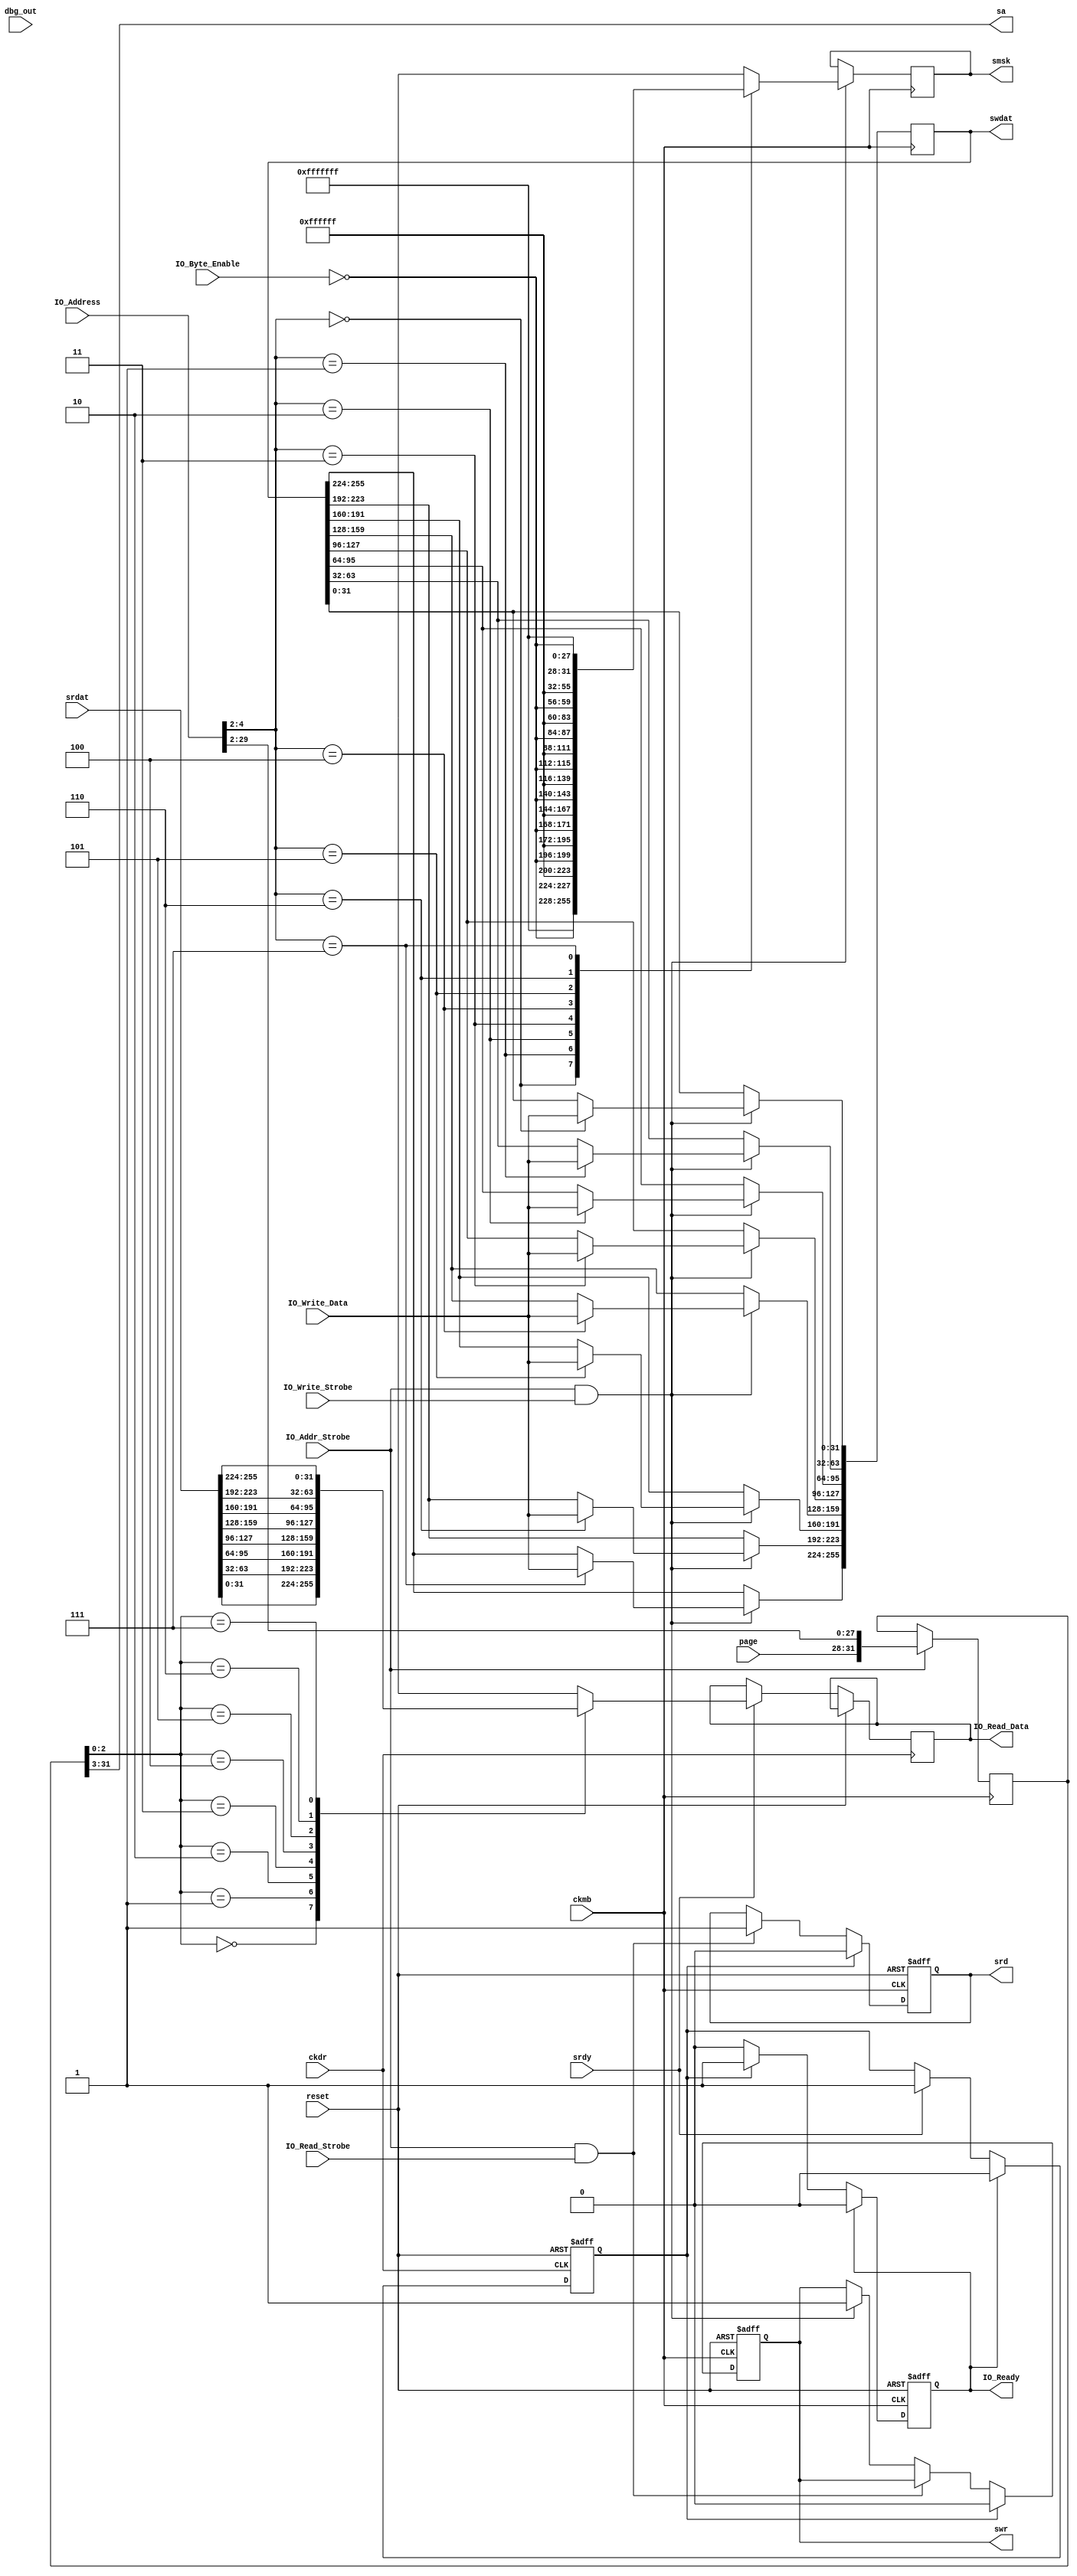
/* 
	MicroBlaze MCS to DDR3 glue
	(C) Copyright 2012 Silicon On Inspiration
	www.sioi.com.au
	86 Longueville Road
	Lane Cove 2066
	New South Wales
	AUSTRALIA
 
    This program is free software: you can redistribute it and/or modify
    it under the terms of the GNU Lesser General Public License as published by
    the Free Software Foundation, either version 3 of the License, or
    (at your option) any later version.
 
    This program is distributed in the hope that it will be useful,
    but WITHOUT ANY WARRANTY; without even the implied warranty of
    MERCHANTABILITY or FITNESS FOR A PARTICULAR PURPOSE.  See the
    GNU Lesser General Public License for more details.
 
    You should have received a copy of the GNU Lesser General Public License
    along with this program.  If not, see <http://www.gnu.org/licenses/>.
*/
 
`timescale 1ns / 1ps
 
module adapter
(
	input 				ckmb,
	input 				ckdr,
	input 				reset,
 
	output				srd,
	output				swr,
	output	[33:5]		sa,
	output	[255:0]		swdat,
	output	[31:0]		smsk,
	input	[255:0]		srdat,
	input				srdy,
 
	output 				IO_Ready,
	input				IO_Addr_Strobe,
	input				IO_Read_Strobe,
	input				IO_Write_Strobe,
	output 	[31 : 0]	IO_Read_Data,
	input	[31 : 0] 	IO_Address,
	input	[3 : 0] 	IO_Byte_Enable,
	input	[31 : 0] 	IO_Write_Data,
	input	[3 : 0] 	page,
	input	[2:0]		dbg_out
);
 
reg 		[31 : 0]	rdat;
reg 		[255 : 0]	wdat;
reg 		[31 : 0]	msk;
reg 		[33 : 2]	addr;
reg						rdy1;
reg						rdy2;
reg						read;
reg						write;
 
wire		[31:0]		iowd;
wire		[3:0]		mask;
 
parameter				BADBAD = 256'hBAD0BAD0BAD0BAD0BAD0BAD0BAD0BAD0BAD0BAD0BAD0BAD0BAD0BAD0BAD0BAD0;
 
always @ (posedge ckmb) begin
 
	if (IO_Addr_Strobe && IO_Write_Strobe) begin
		case (IO_Address[4:2])
			0:	wdat[31:0] <= iowd;
			1:	wdat[63:32] <= iowd;
			2:	wdat[95:64] <= iowd;
			3:	wdat[127:96] <= iowd;
			4:	wdat[159:128] <= iowd;
			5:	wdat[191:160] <= iowd;
			6:	wdat[223:192] <= iowd;
			7:	wdat[255:224] <= iowd;
 
// BADBAD markers for bebugging byte masking
// NB: This approach breaks the per-pin IODELAY2 software adjustment on the DQ lines
//			0:	wdat <= {BADBAD[255:32], iowd};
//			1:	wdat <= {BADBAD[255:64], iowd, BADBAD[31:0]};
//			2:	wdat <= {BADBAD[255:96], iowd, BADBAD[63:0]};
//			3:	wdat <= {BADBAD[255:128], iowd, BADBAD[95:0]};
//			4:	wdat <= {BADBAD[255:160], iowd, BADBAD[127:0]};
//			5:	wdat <= {BADBAD[255:192], iowd, BADBAD[159:0]};
//			6:	wdat <= {BADBAD[255:224], iowd, BADBAD[191:0]};
//			7:	wdat <= {iowd, BADBAD[223:0]};
		endcase
 
		case (IO_Address[4:2])
 
			0:	msk <= {28'hFFFFFFF, mask};
			1:	msk <= {24'hFFFFFF, mask, 4'hF};
			2:	msk <= {20'hFFFFF, mask, 8'hFF};
			3:	msk <= {16'hFFFF, mask, 12'hFFF};
			4:	msk <= {12'hFFF, mask, 16'hFFFF};
			5:	msk <= {8'hFF, mask, 20'hFFFFF};
			6:	msk <= {4'hF, mask, 24'hFFFFFF};
			7:	msk <= {mask, 28'hFFFFFFF};
/*
ZZ - write full 256 bits during testing !
			0:	msk <= {28'h0000000, mask};
			1:	msk <= {24'h000000, mask, 4'h0};
			2:	msk <= {20'h00000, mask, 8'h00};
			3:	msk <= {16'h0000, mask, 12'h000};
			4:	msk <= {12'h000, mask, 16'h0000};
			5:	msk <= {8'h00, mask, 20'h00000};
			6:	msk <= {4'h0, mask, 24'h000000};
			7:	msk <= {mask, 28'h0000000};
*/
		endcase
	end
 
	if (IO_Addr_Strobe)
		addr <= {page[3:0], IO_Address[29:2]};	
end
 
always @ (posedge ckmb or posedge reset) begin
	if (reset) begin
		read		<= 1'b0;
		write		<= 1'b0;		
		rdy2		<= 1'b0;		
	end	else begin
		if (IO_Addr_Strobe && IO_Read_Strobe)
			read	<= 1'b1;
		else if (IO_Addr_Strobe && IO_Write_Strobe)
			write	<= 1'b1;
		if (rdy1) begin
			read	<= 1'b0;
			write	<= 1'b0;
			rdy2	<= 1'b1;
		end			
		if (rdy2)
			rdy2	<= 1'b0;
	end
end
 
always @ (posedge ckdr or posedge reset) begin
	if (reset) begin
		rdy1		<= 1'b0;
	end	else begin
		if (srdy)
			rdy1	<= 1'b1;
		if (rdy2)
			rdy1	<= 1'b0;		
		if (srdy) case (addr[4:2])
			0:	rdat <= srdat[31:0];
			1:	rdat <= srdat[63:32];
			2:	rdat <= srdat[95:64];
			3:	rdat <= srdat[127:96];
			4:	rdat <= srdat[159:128];
			5:	rdat <= srdat[191:160];
			6:	rdat <= srdat[223:192];
			7:	rdat <= srdat[255:224];
		endcase
	end
end
 
assign iowd 			= IO_Write_Data;
assign mask 			= ~IO_Byte_Enable;
 
assign IO_Read_Data		= rdat;
assign IO_Ready			= rdy2;
assign srd				= read;
assign swr				= write;
assign swdat			= wdat;
assign smsk				= msk;
assign sa				= addr[33:5];
 
endmodule